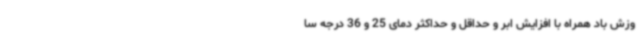
وزش باد همراه با افزایش ابر و حداقل و حداکثر دمای 25 و 36 درجه سا